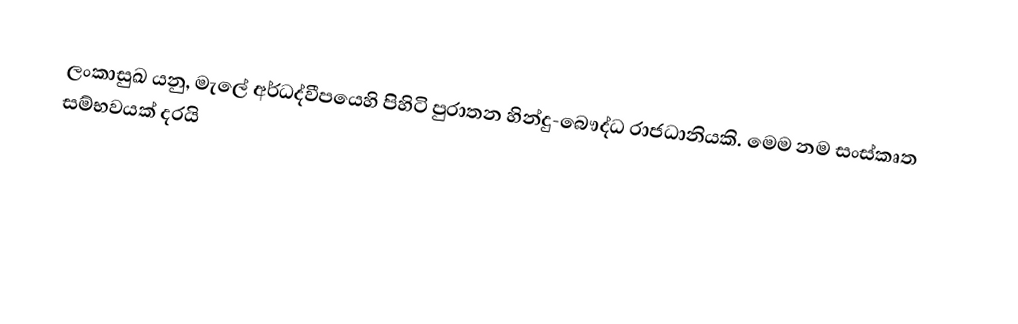
ලංකාසුඛ  යනු,  මැලේ අර්ධද්වීපයෙහි පිහිටි පුරාතන හින්දු-බෞද්ධ රාජධානියකි. මෙම නම සංස්කෘත සම්භවයක් දරයි